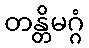
တန္တိမဂ္ဂံ